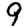
Digit: 9